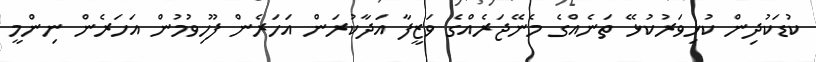
ކުޑަކުދިން ކުޅިވަރުކުޅޭ ތަނެއްގެ މެނޭޖަރެއްގެ ވަޒީފާ އަދާކުރަން އަހަރެން ފޫހިވުމުން އަހަރެން ނިންމީ